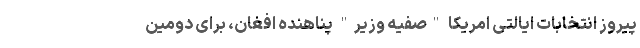
پیروز انتخابات ایالتی امریکا "صفیه وزیر" پناهنده افغان، برای دومین